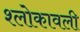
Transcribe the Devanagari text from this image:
श्लोकावली